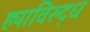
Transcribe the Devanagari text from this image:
ह्याविरुद्ध